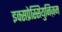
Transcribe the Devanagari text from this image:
इक्सप्रेस्सियुनिज़म